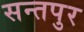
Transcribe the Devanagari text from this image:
सन्तपुर